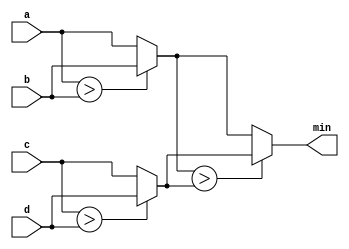
module top_module (
    input [7:0] a, b, c, d,
    output [7:0] min);//
    wire[7:0] w1, w2;
    assign w1 = a > b ? b: a;
    assign w2 = c > d ? d: c;
    assign min = w1 > w2 ? w2: w1;

endmodule